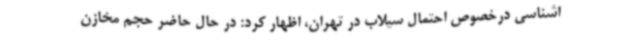
اشناسی درخصوص احتمال سیلاب در تهران، اظهار کرد: در حال حاضر حجم مخازن